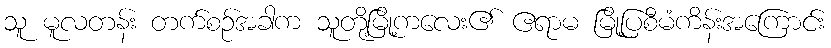
သူ မူလတန်း တက်စဉ်အခါက သူတို့မြို့ကလေး၏ ဧရာမ မြို့ပြစီမံကိန်းအကြောင်း